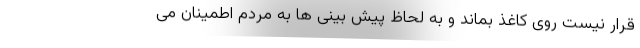
قرار نیست روی کاغذ بماند و به لحاظ پیش بینی ها به مردم اطمینان می